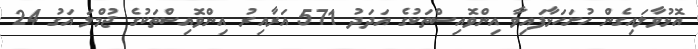
އޮޅުވާލައިގެން ހުށަހަޅާފައިވާ އިންވޮއިސްތަކުގެ އަދަދު 571 އަރާއިރު އިންވޮއިސްތަކުގެ ޖުމްލަ އަގު 24